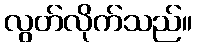
လွတ်လိုက်သည်။